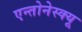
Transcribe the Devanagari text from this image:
एन्तोनेस्क्यू